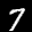
Digit: 7